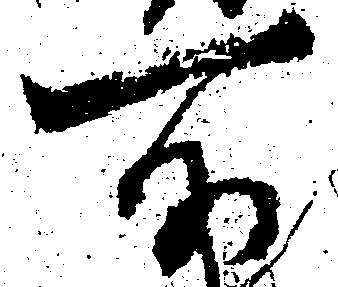
所